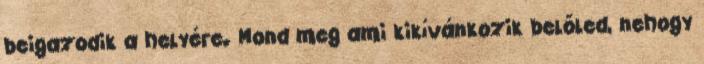
beigazodik a helyére. Mond meg ami kikívánkozik belőled, nehogy